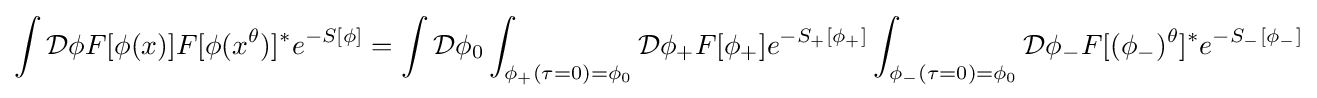
\int {\mathcal {D}}\phi F[\phi (x)]F[\phi (x^{\theta })]^{*}e^{-S[\phi ]}=\int {\mathcal {D}}\phi _{0}\int _{\phi _{+}(\tau =0)=\phi _{0}}{\mathcal {D}}\phi _{+}F[\phi _{+}]e^{-S_{+}[\phi _{+}]}\int _{\phi _{-}(\tau =0)=\phi _{0}}{\mathcal {D}}\phi _{-}F[(\phi _{-})^{\theta }]^{*}e^{-S_{-}[\phi _{-}]}